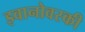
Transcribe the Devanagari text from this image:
इवानोवस्की